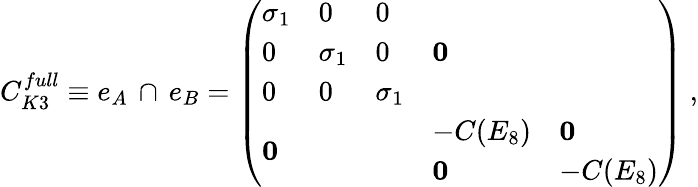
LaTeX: C_{K3}^{full}\equiv e_{A}\, \cap\, e_{B}=\left(\begin{array}{ll}{{\begin{array}{lll}{{\sigma_{1}}}&{{0}}&{{0}}\\ {{0}}&{{\sigma_{1}}}&{{0}}\\ {{0}}&{{0}}&{{\sigma_{1}}}\end{array}}}&{{{\mathbf 0}}}\\ {{{\mathbf 0}}}&{{\begin{array}{ll}{{-C(E_{8})}}&{{{\mathbf 0}}}\\ {{{\mathbf 0}}}&{{-C(E_{8})}}\end{array}}}\end{array}\right)\ ,